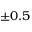
\pm 0 . 5